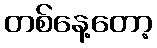
တစ်နေ့တော့